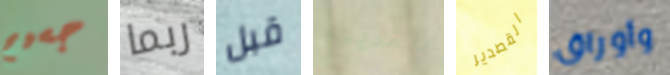
جسيم ربما قبل بالمدينه القصدير وأوراق